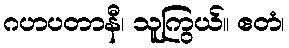
ဂဟပတာနီ၊ သူကြွယ်။ ဧတံ၊